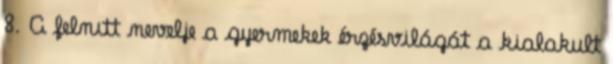
8. A felnıtt nevelje a gyermekek érzésvilágát a kialakult